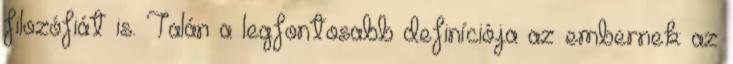
filozófiát is. Talán a legfontosabb definíciója az embernek: az